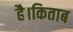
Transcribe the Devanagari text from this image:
है।किताब